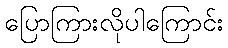
ပြောကြားလိုပါကြောင်း